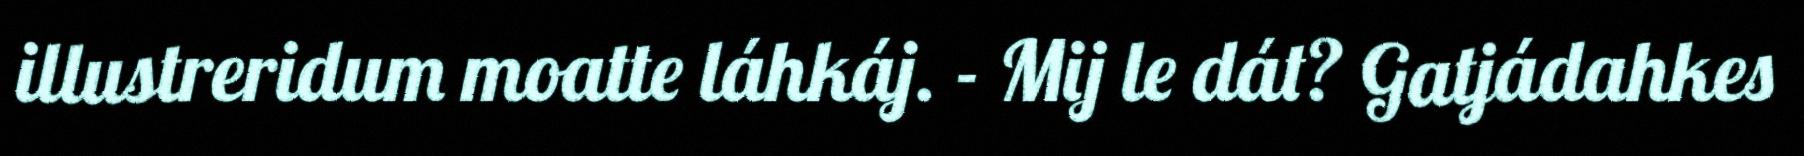
illustreridum moatte láhkáj. - Mij le dát? Gatjádahkes